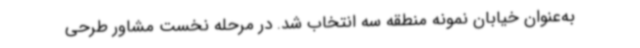
به‌عنوان خیابان نمونه منطقه سه انتخاب شد. در مرحله نخست مشاور طرحی